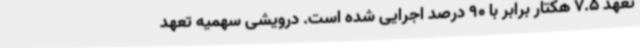
تعهد 7.5 هکتار برابر با 90 درصد اجرایی شده است. درویشی سهمیه تعهد